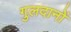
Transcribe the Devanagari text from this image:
गुलदानों